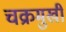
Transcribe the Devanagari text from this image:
चक्रमुखी